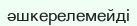
әшкерелемейді